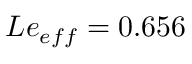
L e _ { e f f } = 0 . 6 5 6